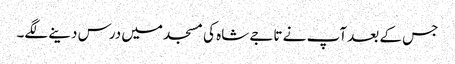
جس کے بعد آپ نے تاجے شاہ کی مسجد میں درس دینے لگے۔